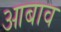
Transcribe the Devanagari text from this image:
आबाव